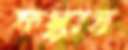
ফস্‌কাস